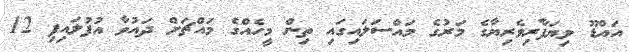
އައްޑޫ ވިޔަފާރިވެރިޔާގެ މަރުގެ މައްސަލައިގައި ތިން މީހެއްގެ މައްޗަށް ދައުވާ އުފުލައިފި 12